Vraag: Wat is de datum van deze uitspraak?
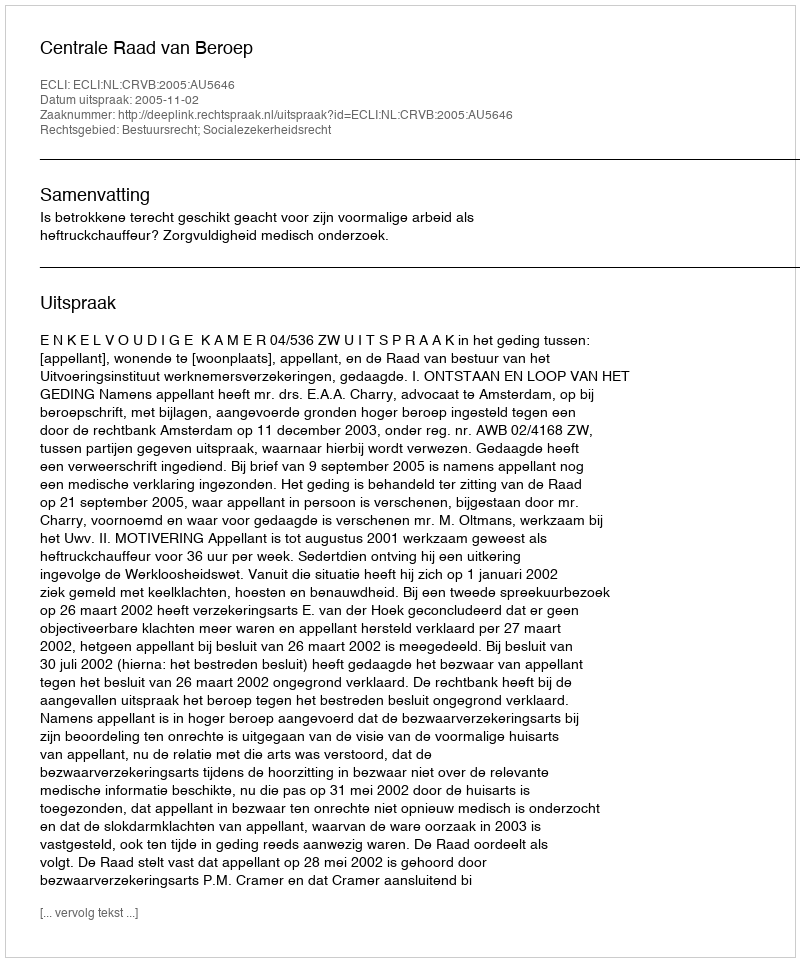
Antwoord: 2005-11-02